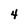
Character: 4